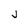
Character: j